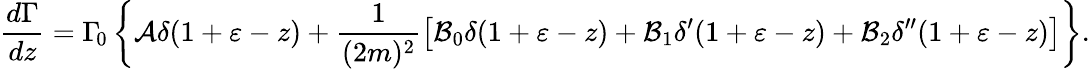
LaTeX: \frac{d\Gamma}{dz}=\Gamma_{\! 0}\left\{ {\cal A}\delta(1+\varepsilon-z)+\frac{1}{(2m)^{2}}\left[{\cal B}_{0}\delta(1+\varepsilon-z)+{\cal B}_{1}\delta^{\prime}(1+\varepsilon-z)+{\cal B}_{2}\delta^{\prime\prime}(1+\varepsilon-z)\right]\right\} .